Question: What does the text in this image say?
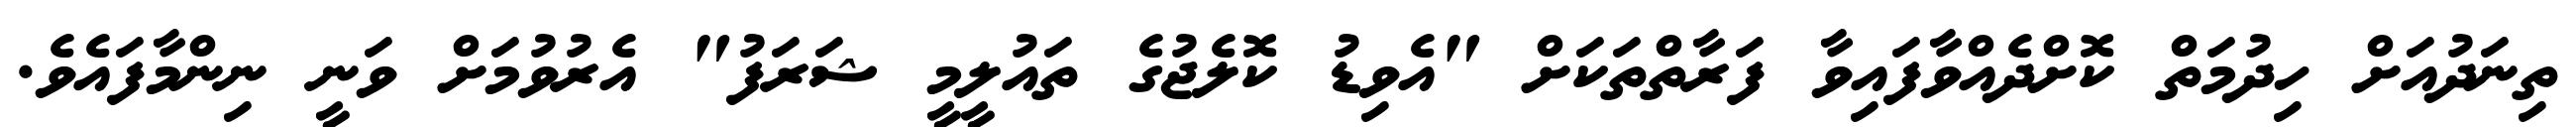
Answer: ތިނަދުއަށް ހިދުމަތް ކޮށްދެއްވާފައިވާ ފަރާތްތަކަށް "އެވިޑު ކޮލެޖުގެ ތައުލީމީ ޝަރަފު" އެރުވުމަށް ވަނީ ނިންމާފައެވެ.